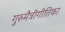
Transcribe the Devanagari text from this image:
गुरुमैत्रीगीतिका